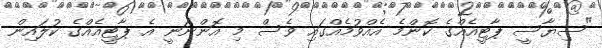
"ސިޔާސީ ޕާޓީއެއްގެ ކޮންމެ އެއްވުމެއްގައި ވެސް މި އޮންނަނީ އެ ޕާޓީއެއްގެ ކުލައިން